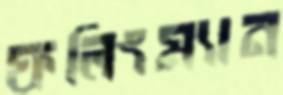
ফলিংম্যান